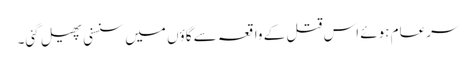
سرعام ہوئے اس قتل کے واقعہ سے گاؤں میں سنسنی پھیل گئی۔